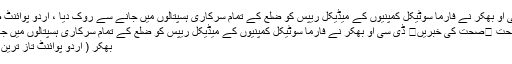
ڈی سی او بھکر نے فارما سوٹیکل کمپنیوں کے میڈیکل ریپس کو ضلع کے تمام سرکاری ہسپتالوں میں جانے سے روک دیا ، اُردو پوائنٹ صحت
صحت ⬅صحت کی خبریں⬅ ڈی سی او بھکر نے فارما سوٹیکل کمپنیوں کے میڈیکل ریپس کو ضلع کے تمام سرکاری ہسپتالوں میں جانے ..
بھکر ( اُردو پوائنٹ تاز ترین اخبار۔